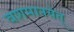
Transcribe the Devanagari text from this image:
वशमानयेत्